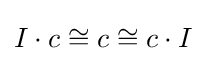
I\cdot c\cong c\cong c\cdot I